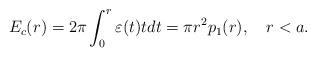
LaTeX: \begin{align*}E_c(r)=2\pi \int_{0}^{r}{\varepsilon (t)tdt}=\pi r^2p_1(r),\quad r<a. \end{align*}